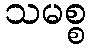
သမစ္စ